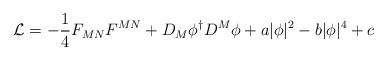
LaTeX: \begin{align*}{\cal L}=-{1\over4}F_{MN}F^{MN}+D_M\phi^\dagger D^M\phi +a|\phi |^2-b|\phi |^4 +c \end{align*}